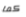
كما